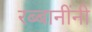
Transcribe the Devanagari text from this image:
रब्बानींनी